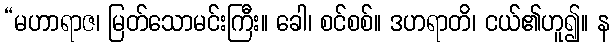
“မဟာရာဇ၊ မြတ်သောမင်းကြီး။ ခေါ၊ စင်စစ်။ ဒဟရာတိ၊ ငယ်၏ဟူ၍။ န